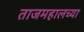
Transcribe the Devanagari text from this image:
ताजमहालच्या